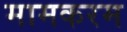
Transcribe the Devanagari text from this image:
मामकरम